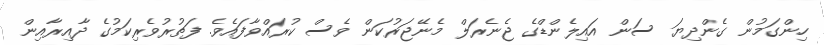
ހިންގަމުން ގެންދިޔަ ސަން އައިލެންޑްގެ ޖެނެރަލް މެނޭޖަރުކަން ވެސް ކުރައްވާފައެވެ. ފަތުރުވެރިކަމުގެ ދާއިރާއިން